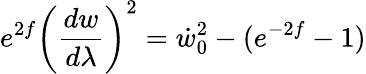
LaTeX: e^{2f}\left(\frac{dw}{d\lambda}\right)^{2}=\dot{w}_{0}^{2}-(e^{-2f}-1)